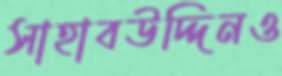
সাহাবউদ্দিনও